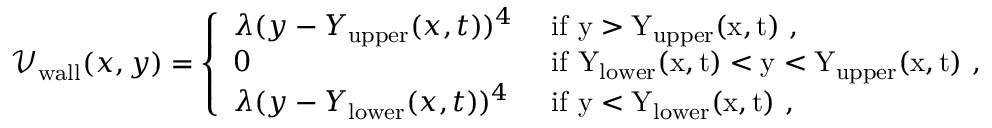
\begin{array} { r } { \mathcal { V } _ { \mathrm { w a l l } } ( x , y ) = \left\{ \begin{array} { l l } { \lambda ( y - Y _ { \mathrm { u p p e r } } ( x , t ) ) ^ { 4 } } & { \mathrm { ~ i f ~ y > Y _ \mathrm { u p p e r } ( x , t ) ~ , } } \\ { 0 } & { \mathrm { ~ i f ~ Y _ \mathrm { l o w e r } ( x , t ) < y < Y _ \mathrm { u p p e r } ( x , t ) ~ , } } \\ { \lambda ( y - Y _ { \mathrm { l o w e r } } ( x , t ) ) ^ { 4 } } & { \mathrm { ~ i f ~ y < Y _ \mathrm { l o w e r } ( x , t ) ~ } , } \end{array} \right. } \end{array}